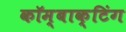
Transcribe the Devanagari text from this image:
कॉम्बाक्टिंग